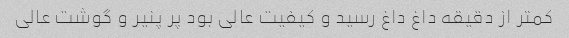
کمتر از دقیقه داغ داغ رسید و کیفیت عالی بود پر پنیر و گوشت عالی